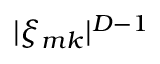
| \xi _ { m k } | ^ { D - 1 }